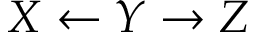
X \leftarrow Y \rightarrow Z